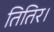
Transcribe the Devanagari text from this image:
तितिर।